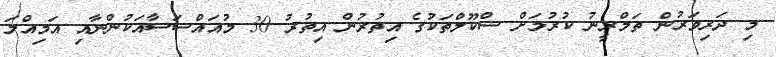
މި ދަރިވަރުން ތަމްރީނު ކުރުމަށް ސްކޫލްތަކުގެ އިތުރުން އިތުރު 30 މުއައްސަސާއަކުންނާއި އަމިއްލަ